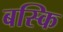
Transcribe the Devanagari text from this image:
बस्कि